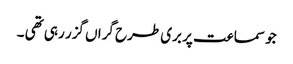
جو سماعت پر بری طرح گراں گزر رہی تھی ۔